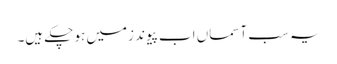
یہ سب آسماں اب پیوند زمیں ہو چکے ہیں۔